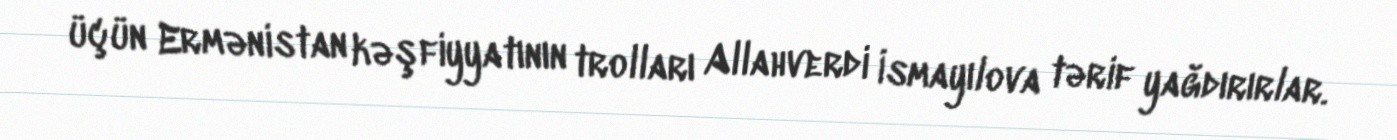
üçün Ermənistan kəşfiyyatının trolları Allahverdi İsmayılova tərif yağdırırlar.